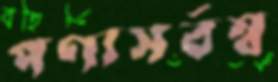
পণ্যসর্বস্ব